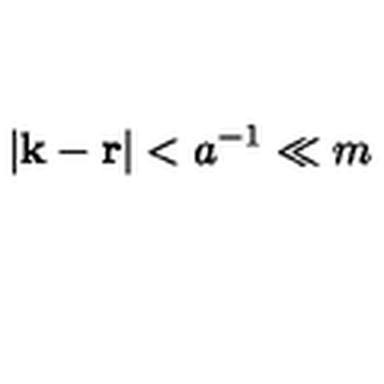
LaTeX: | { \bf k } - { \bf r } | < a ^ { - 1 } \ll m